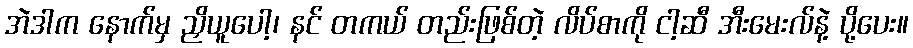
အဲဒါက နောက်မှ ညှိယူပေါ့၊ နင် တကယ် တည်းဖြစ်တဲ့ လိပ်စာကို ငါ့ဆီ အီးမေးလ်နဲ့ ပို့ပေး။